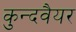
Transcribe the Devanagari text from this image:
कुन्दवैयर